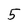
Character: 5